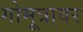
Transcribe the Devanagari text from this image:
गोमूत्रावर